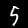
Label: 5